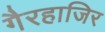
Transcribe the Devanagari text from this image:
गैरहाजिर